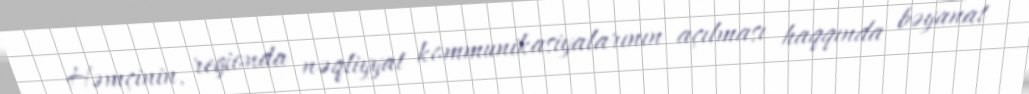
Həmçinin, regionda nəqliyyat kommunikasiyalarının açılması haqqında bəyanat